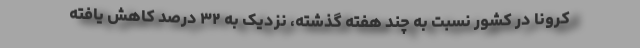
کرونا در کشور نسبت به چند هفته گذشته، نزدیک به ۳۲ درصد کاهش یافته